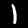
Digit: 1